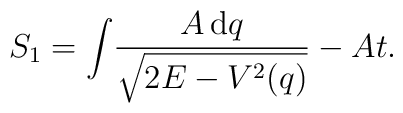
S_1=\int\!\frac{A\,{\rm d}q}{\sqrt{2E-V^2(q)}}-At.